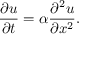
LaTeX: { \frac { \partial u } { \partial t } } = \alpha { \frac { \partial ^ { 2 } u } { \partial x ^ { 2 } } } .